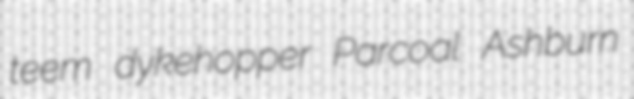
teem dykehopper Parcoal Ashburn